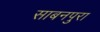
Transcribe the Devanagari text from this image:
साबनपुरा